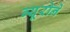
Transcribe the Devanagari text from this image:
ब्यूरोने